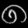
Digit: ၈